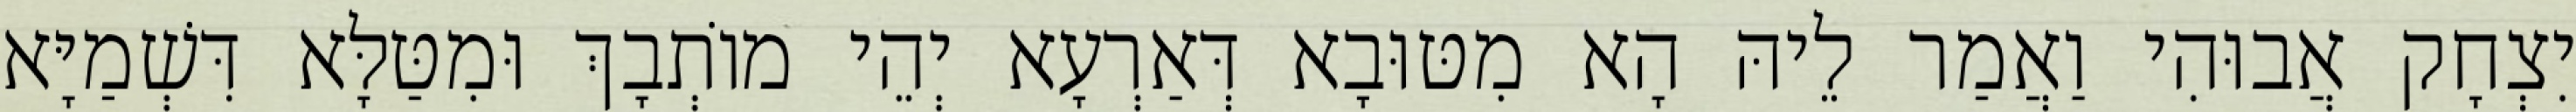
יִצְחָק אֲבוּהִי וַאֲמַר לֵיהּ הָא מִטּוּבָא דְּאַרְעָא יְהֵי מוֹתְבָךְ וּמִטַּלָּא דִּשְׁמַיָּא